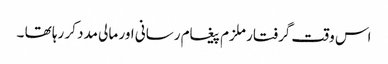
اس وقت گرفتار ملزم پیغام رسانی اور مالی مدد کر رہا تھا ۔